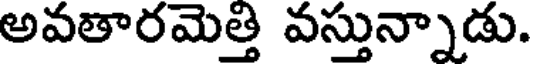
అవతారమెత్తి వస్తున్నాడు.